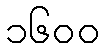
၁၆၀၀